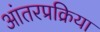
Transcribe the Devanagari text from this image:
आंतरप्रक्रिया